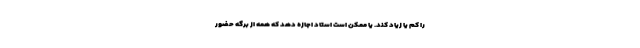
را کم یا زیاد کند. یا ممکن است استاد اجازه دهد که همه از برگه حضور